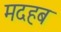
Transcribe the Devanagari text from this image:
मदहब